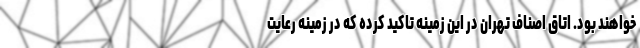
خواهند بود. اتاق اصناف تهران در این زمینه تاکید کرده که در زمینه رعایت